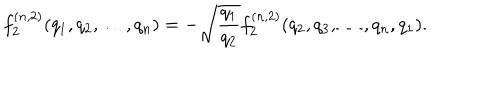
f _ { 2 } ^ { ( n , 2 ) } ( q _ { 1 } , q _ { 2 } , \dots , q _ { n } ) = - \sqrt { \frac { q _ { 1 } } { q _ { 2 } } } f _ { 2 } ^ { ( n , 2 ) } ( q _ { 2 } , q _ { 3 } , \dots , q _ { n } , q _ { 1 } ) .